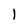
Character: I